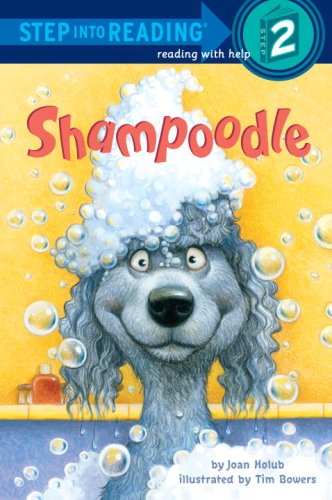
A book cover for Shampoodle (Step into Reading); Joan Holub; Children's Books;